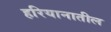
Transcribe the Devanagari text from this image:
हरियानातील